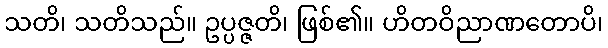
သတိ၊ သတိသည်။ ဥပ္ပဇ္ဇတိ၊ ဖြစ်၏။ ဟိတဝိညာဏတောပိ၊